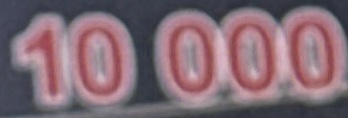
10 000